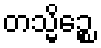
တသ္မိဉ္စေ